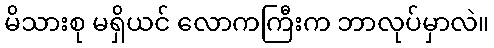
မိသားစု မရှိယင် လောကကြီးက ဘာလုပ်မှာလဲ။